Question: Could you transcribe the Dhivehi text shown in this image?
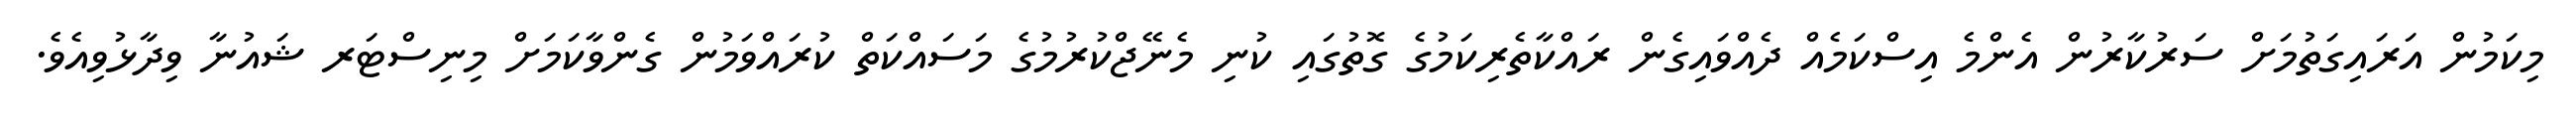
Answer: މިކަމުން އަރައިގަތުމަށް ސަރުކާރުން އެންމެ އިސްކަމެއް ދެއްވައިގެން ރައްކާތެރިކަމުގެ ގޮތުގައި ކުނި މެނޭޖްކުރުމުގެ މަސައްކަތް ކުރައްވަމުން ގެންވާކަމަށް މިނިސްޓަރ ޝައުނާ ވިދާޅުވިއެވެ.